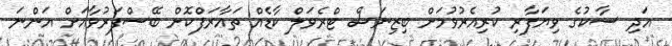
އަދި ސާކުގެ ވިޔަފާރި ކުރިއެރުވުމަށް ބިޒިނަސް ޓްރެވަލް ކާޑެއް ތައާރަފްކޮށް ބޭސްފަރުވާއަށް އަންނަ